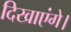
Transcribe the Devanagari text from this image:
दिखाएंगे।